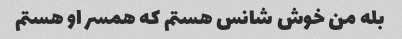
بله من خوش شانس هستم که همسر او هستم